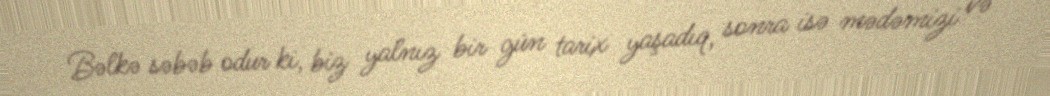
Bəlkə səbəb odur ki, biz yalnız bir gün tarix yaşadıq, sonra isə mədəmizi və